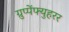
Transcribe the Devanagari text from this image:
ग्रुप्पेंफ्युहरर